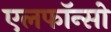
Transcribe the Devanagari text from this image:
एलफाॅन्सो